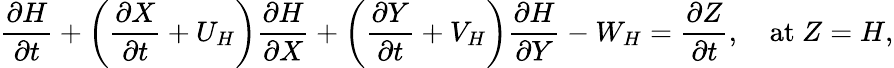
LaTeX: \frac{\partial H}{\partial t}+\left(\frac{\partial X}{\partial t}+U_{H}\right)\frac{\partial H}{\partial X}+\left(\frac{\partial Y}{\partial t}+V_{H}\right)\frac{\partial H}{\partial Y}-W_{H}=\frac{\partial Z}{\partial t},\quad\textrm{at}~Z=H,